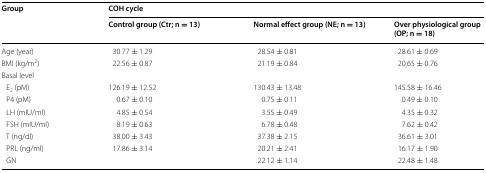
<table><thead><tr><td rowspan="2" colspan="2"><b>Group</b></td><td colspan="3"><b>COH cycle</b></td></tr><tr><td><b>Control group (Ctr; n = 13)</b></td><td><b>Normal effect group (NE; n = 13)</b></td><td><b>Over physiological group (OP; n = 18)</b></td></tr></thead><tbody><tr><td colspan="2">Age (year)</td><td>30.77 ± 1.29</td><td>28.54 ± 0.81</td><td>28.61 ± 0.69</td></tr><tr><td colspan="2">BMI (kg/m<sup>2</sup>)</td><td>22.56 ± 0.87</td><td>21.19 ± 0.84</td><td>20.65 ± 0.76</td></tr><tr><td colspan="5">Basal level</td></tr><tr><td colspan="2"> E<sub>2</sub> (pM)</td><td>126.19 ± 12.52</td><td>130.43 ± 13.48</td><td>145.58 ± 16.46</td></tr><tr><td colspan="2"> P4 (pM)</td><td>0.67 ± 0.10</td><td>0.75 ± 0.11</td><td>0.49 ± 0.10</td></tr><tr><td colspan="2"> LH (mIU/ml)</td><td>4.85 ± 0.54</td><td>3.55 ± 0.49</td><td>4.35 ± 0.32</td></tr><tr><td colspan="2"> FSH (mIU/ml)</td><td>8.19 ± 0.63</td><td>6.78 ± 0.48</td><td>7.62 ± 0.42</td></tr><tr><td colspan="2"> T (ng/dl)</td><td>38.00 ± 3.43</td><td>37.38 ± 2.15</td><td>36.61 ± 3.01</td></tr><tr><td colspan="2"> PRL (ng/ml)</td><td>17.86 ± 3.14</td><td>20.21 ± 2.41</td><td>16.17 ± 1.90</td></tr><tr><td colspan="2"> GN</td><td></td><td>22.12 ± 1.14</td><td>22.48 ± 1.48</td></tr></tbody></table>